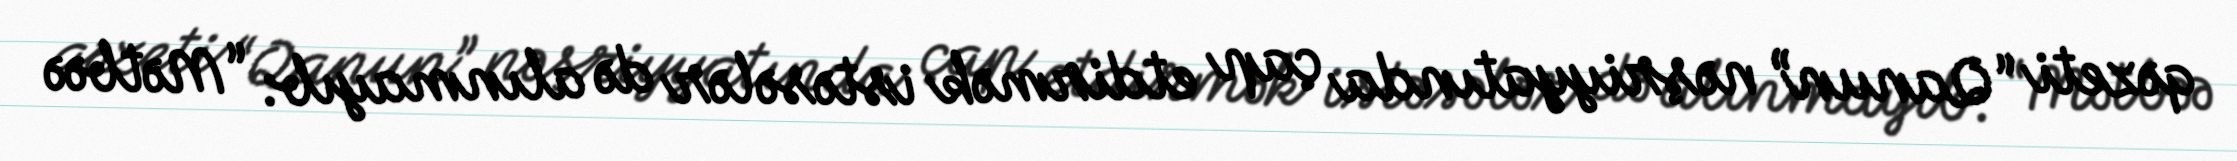
qəzeti “Qanun” nəşriyyatında çap etdirmək istəsələr də alınmayıb: “Mətbəə